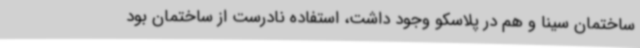
ساختمان سینا و هم در پلاسکو وجود داشت، استفاده نادرست از ساختمان بود